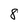
Character: 8